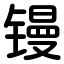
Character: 镘